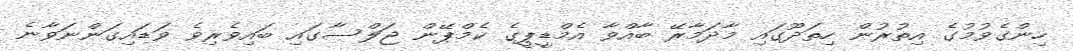
ހިންގެވުމުގެ އިތުރުން ހިތަދޫގައި މާދަމާރޭ ބާއްވާ އެމްޑީޕީގެ ކެމްޕޭން ޖަލްސާގައި ބައިވެރިވެ ވަޑައިގަންނަވާނެ